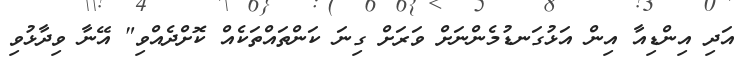
އަދި އިންޑިއާ އިން އަޅުގަނޑުމެންނަށް ވަރަށް ގިނަ ކަންތައްތަކެއް ކޮށްދެއްވި" އޭނާ ވިދާޅުވި